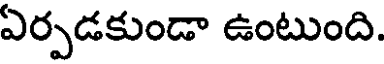
ఏర్పడకుండా ఉంటుంది.